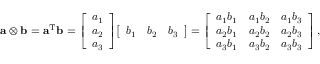
\mathbf { a } \otimes \mathbf { b } = \mathbf { a } ^ { \mathrm { T } } \mathbf { b } = { \left[ \begin{array} { l } { a _ { 1 } } \\ { a _ { 2 } } \\ { a _ { 3 } } \end{array} \right] } { \left[ \begin{array} { l l l } { b _ { 1 } } & { b _ { 2 } } & { b _ { 3 } } \end{array} \right] } = { \left[ \begin{array} { l l l } { a _ { 1 } b _ { 1 } } & { a _ { 1 } b _ { 2 } } & { a _ { 1 } b _ { 3 } } \\ { a _ { 2 } b _ { 1 } } & { a _ { 2 } b _ { 2 } } & { a _ { 2 } b _ { 3 } } \\ { a _ { 3 } b _ { 1 } } & { a _ { 3 } b _ { 2 } } & { a _ { 3 } b _ { 3 } } \end{array} \right] } \, ,